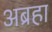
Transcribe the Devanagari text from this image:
अब्रहा